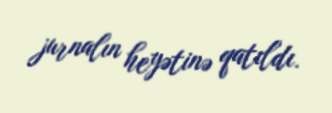
jurnalın heyətinə qatıldı.